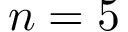
n = 5